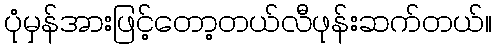
ပုံမှန်အားဖြင့်တော့တယ်လီဖုန်းဆက်တယ်။